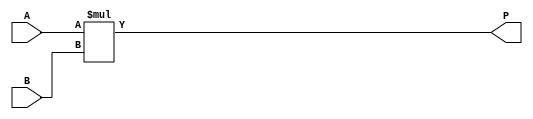

/*
The designers:

Ahmet Can Mert <ahmetcanmert@sabanciuniv.edu>
Ferhat Yaman <ferhatyaman@sabanciuniv.edu>

To the extent possible under law, the implementer has waived all copyright
and related or neighboring rights to the source code in this file.
http://creativecommons.org/publicdomain/zero/1.0/
*/

module intmul(input [11:0] A,B,
              output[23:0] P);

(* use_dsp = "yes" *) reg [23:0] P_DSP;

always @* P_DSP = A*B;

assign P = P_DSP;

endmodule